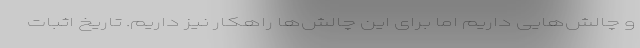
و چالش‌هایی داریم اما برای این چالش‌ها راهکار نیز داریم. تاریخ اثبات